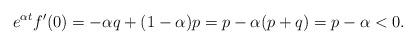
LaTeX: \begin{align*} e^{\alpha t}f'(0)=-\alpha q+(1-\alpha)p=p-\alpha(p+q)=p-\alpha <0.\end{align*}